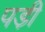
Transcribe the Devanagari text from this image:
पडी़